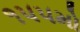
૧૫૫મો